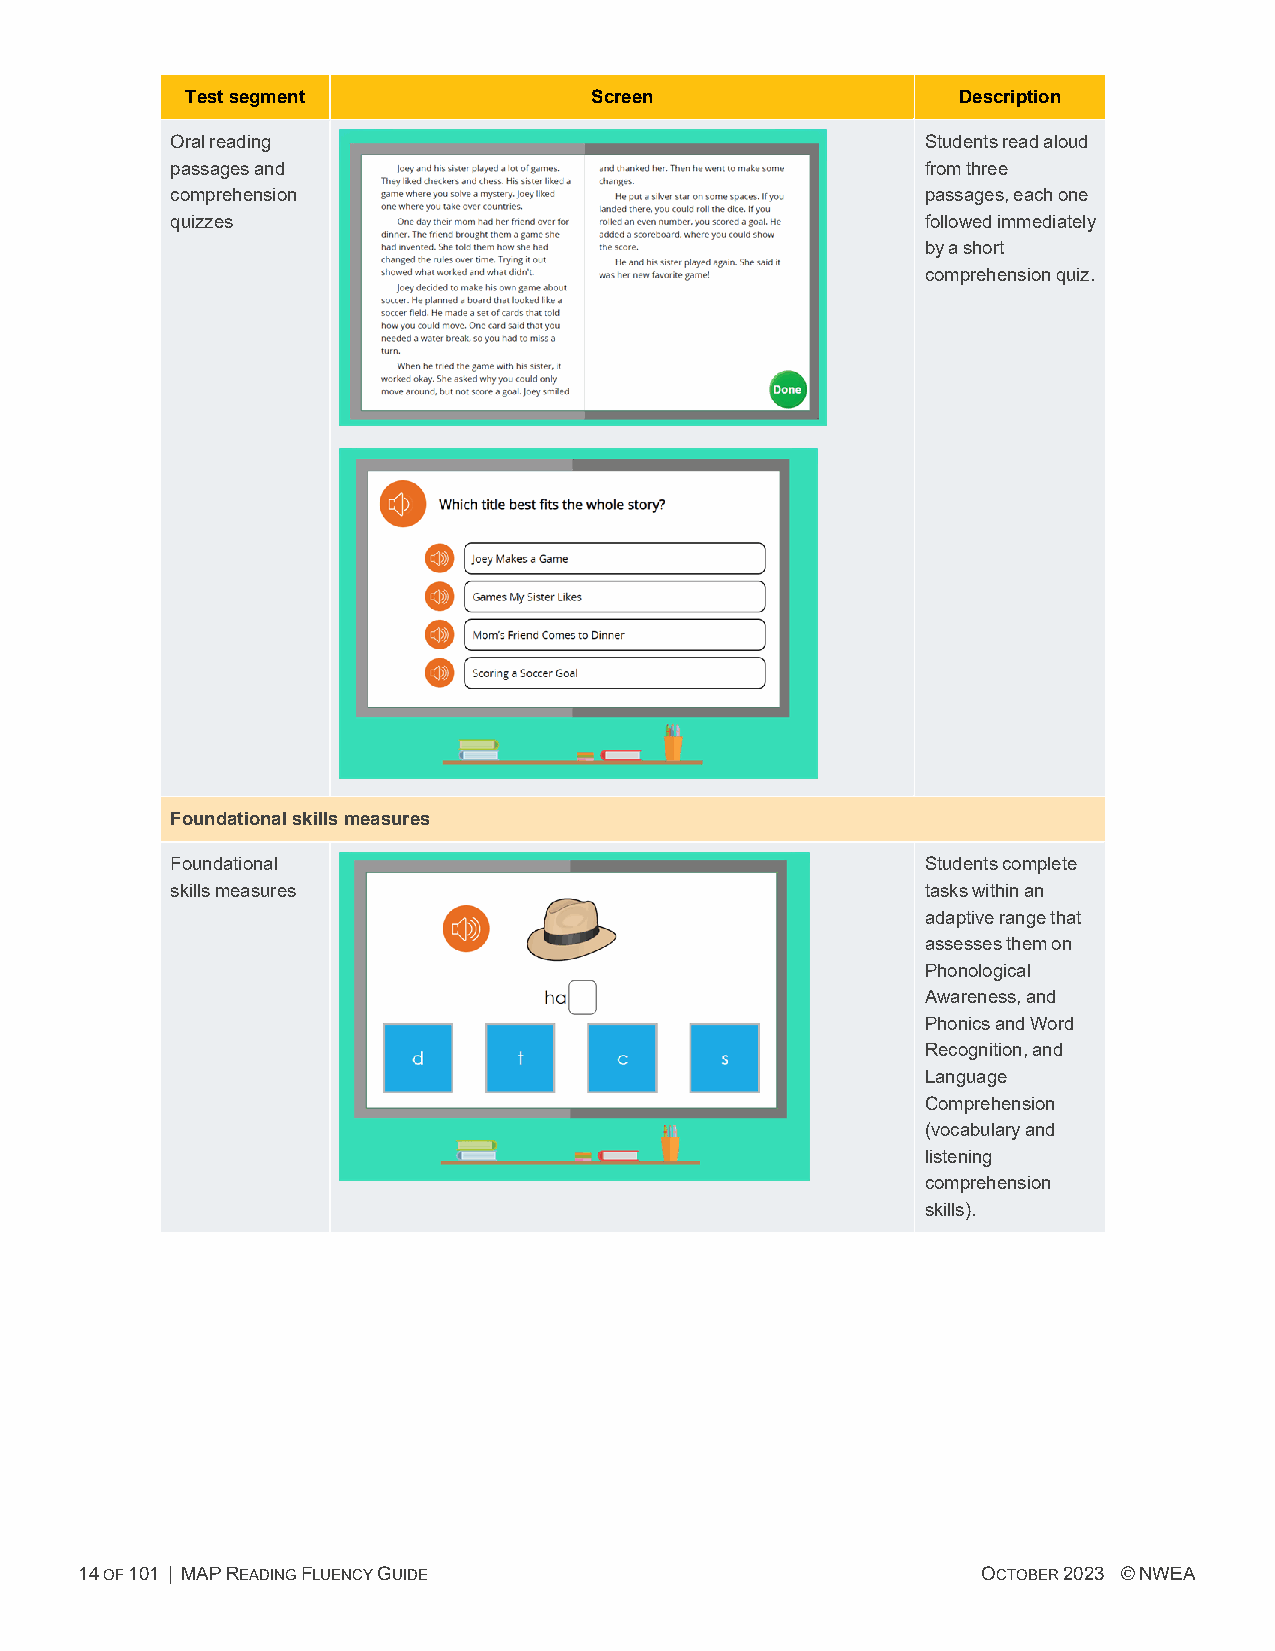
Testsegment                Screen                  Description
 Oralreading                                       Studentsreadaloud
 passagesand                                       fromthree
 comprehension                                     passages,eachone
 quizzes                                           followedimmediately
 byashort
 comprehensionquiz.
 Foundationalskillsmeasures
 Foundational                                      Studentscomplete
 skillsmeasures                                    taskswithinan
 adaptiverangethat
 assessesthemon
 Phonological
 Awareness,and
 PhonicsandWord
 Recognition,and
 Language
 Comprehension
 (vocabularyand
 listening
 comprehension
 skills).
 14OF101 | MAPREADINGFLUENCYGUIDE                            OCTOBER2023 ©NWEA